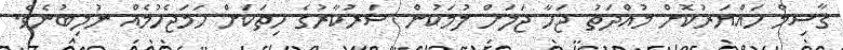
ޤާސިމް ހައްޔަރުކޮށް މުއްދަތު ޖަހާ ޖަލަށް ލުމަކުން ސަރުކާރުގެ ހިތަކަށް ހަމަޖެހުމެއް ނުލިބުނެވެ.